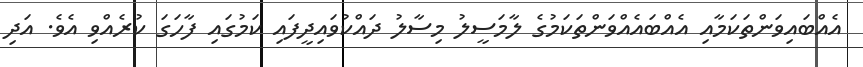
އެއްބައިވަންތަކަމާއި އެއްބައެއްވަންތަކަމުގެ ލާމަސީލު މިސާލު ދައްކުވައިދީފައި ކަމުގައި ފާހަގަ ކުރެއްވި އެވެ. އަދި